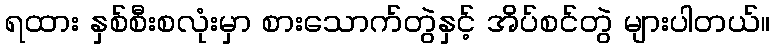
ရထား နှစ်စီးစလုံးမှာ စားသောက်တွဲနှင့် အိပ်စင်တွဲ များပါတယ်။